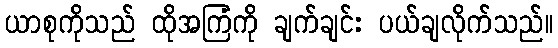
ယာစုကိုသည် ထိုအကြံကို ချက်ချင်း ပယ်ချလိုက်သည်။